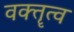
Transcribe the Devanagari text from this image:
वक्‍तॄत्‍व